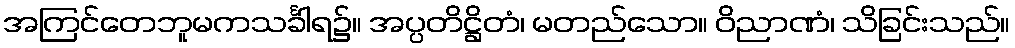
အကြင်တေဘူမကသင်္ခါရ၌။ အပ္ပတိဋ္ဌိတံ၊ မတည်သော။ ဝိညာဏံ၊ သိခြင်းသည်။